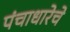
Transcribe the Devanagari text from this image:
पंचाधारेचे